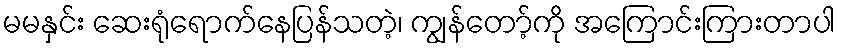
မမနှင်း ဆေးရုံရောက်နေပြန်သတဲ့၊ ကျွန်တော့်ကို အကြောင်းကြားတာပါ